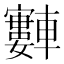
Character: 𫐂